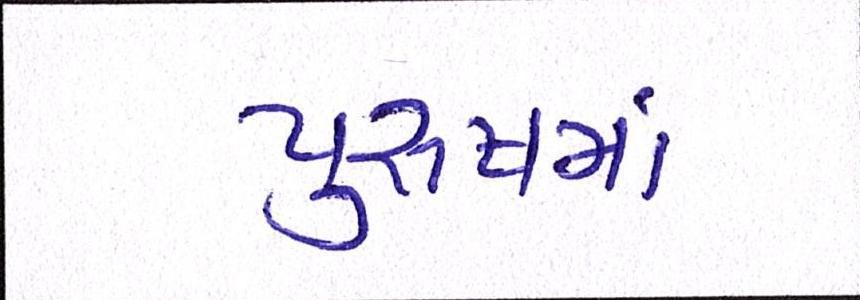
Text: પુરુષમાં